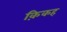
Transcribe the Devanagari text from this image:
क़िकह